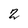
Character: 2